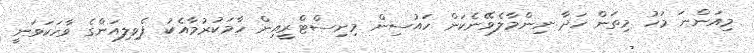
މިއަންނަ މަހު މިތަން ހަދާ ނިންމާލެވޭނެކަން ހައުސިން މިނިސްޓްރީއިން ހާމަކުރުމާއެކު ޕެވިލިއަންގެ ވާހަކަވަނީ